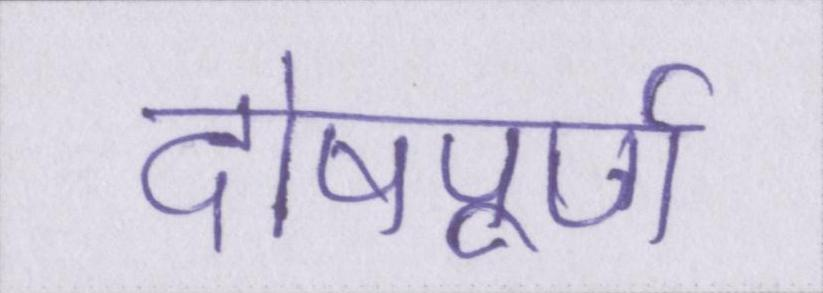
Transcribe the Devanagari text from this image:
दोषपूर्ण